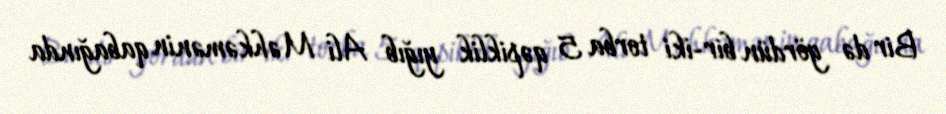
Bir də gördün bir-iki torba 5 qəpiklik yığıb Ali Məhkəmənin qabağında